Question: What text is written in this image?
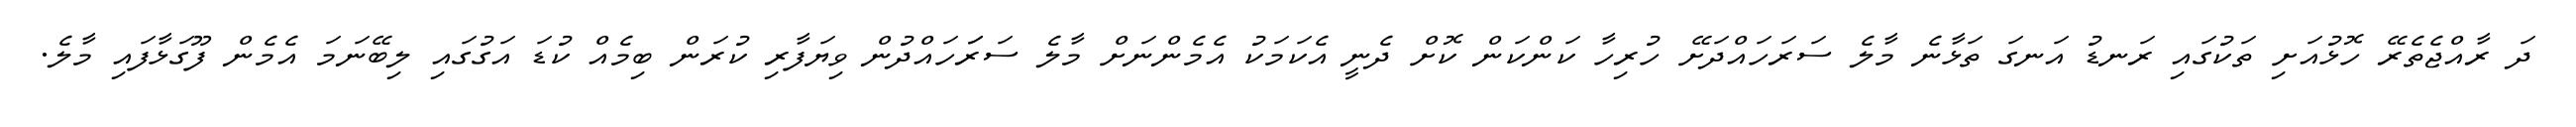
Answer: ދަ ރާއްޖެތެރޭ ހޮޅުއަށި ތަކުގައި ރަނޑު އަނގަ ތަޅާނެ މާލެ ސަރަހައްދަށޭ ހުރިހާ ކަންކަން ކޮށް ދެނީ އެކަމަކު އެމެންނަށް މާލެ ސަރަަހައްދުން ވިޔަފާރި ކުރަން ބިމެއް ކުޑަ އަގުގައި ލިބޭނަމަ އެމެން ފޫގަޅާފައި މާލެ.